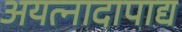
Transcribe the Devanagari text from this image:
अयत्नादापाद्य